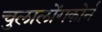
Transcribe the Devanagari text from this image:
चुलालोंगकोर्न